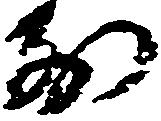
前